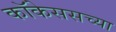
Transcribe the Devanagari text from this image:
कॉकेससच्या